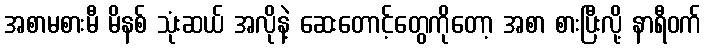
အစာမစားမီ မိနစ် သုံးဆယ် အလိုနဲ့ ဆေးတောင့်တွေကိုတော့ အစာ စားပြီးလို့ နာရီဝက်